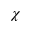
\chi